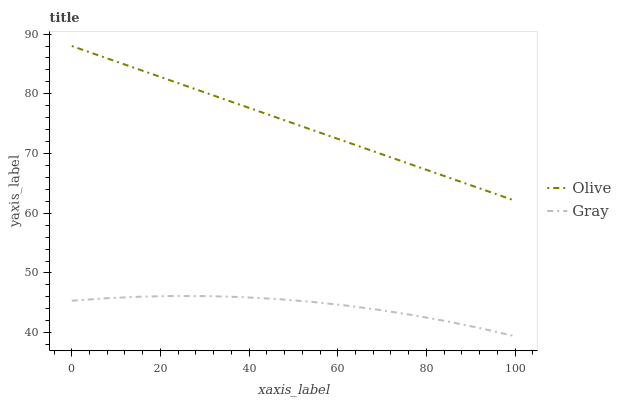
| xaxis_label | Olive | Gray |
 | --- | --- | --- |
 | 0 | 88 | 45.4 |
 | 7.69 | 86 | 45.8 |
 | 15.4 | 84 | 46 |
 | 23.1 | 82 | 46.1 |
 | 30.8 | 80 | 46.1 |
 | 38.5 | 78 | 46 |
 | 46.2 | 76 | 45.6 |
 | 53.8 | 74.1 | 45.2 |
 | 61.5 | 72.1 | 44.6 |
 | 69.2 | 70.1 | 43.8 |
 | 76.9 | 68.1 | 42.9 |
 | 84.6 | 66.1 | 41.9 |
 | 92.3 | 64.1 | 40.7 |
 | 100 | 62.1 | 39.4 |